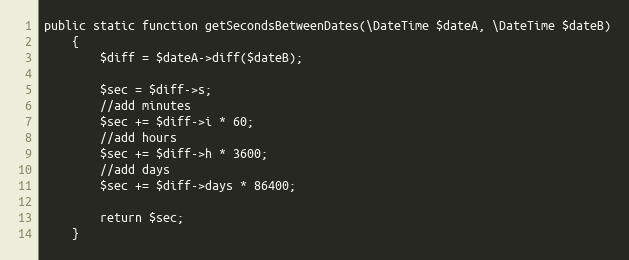
Language: PHP
public static function getSecondsBetweenDates(\DateTime $dateA, \DateTime $dateB)
    {
        $diff = $dateA->diff($dateB);

        $sec = $diff->s;
        //add minutes
        $sec += $diff->i * 60;
        //add hours
        $sec += $diff->h * 3600;
        //add days
        $sec += $diff->days * 86400;

        return $sec;
    }